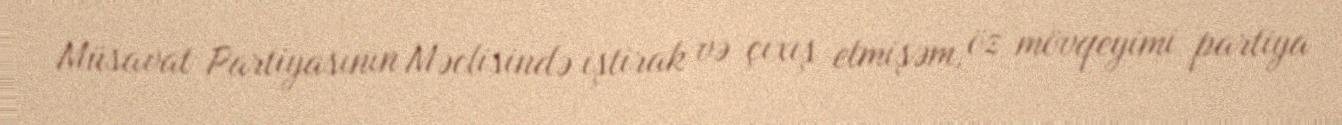
Müsavat Partiyasının Məclisində iştirak və çıxış etmişəm, öz mövqeyimi partiya